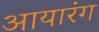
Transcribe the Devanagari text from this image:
आयारंग